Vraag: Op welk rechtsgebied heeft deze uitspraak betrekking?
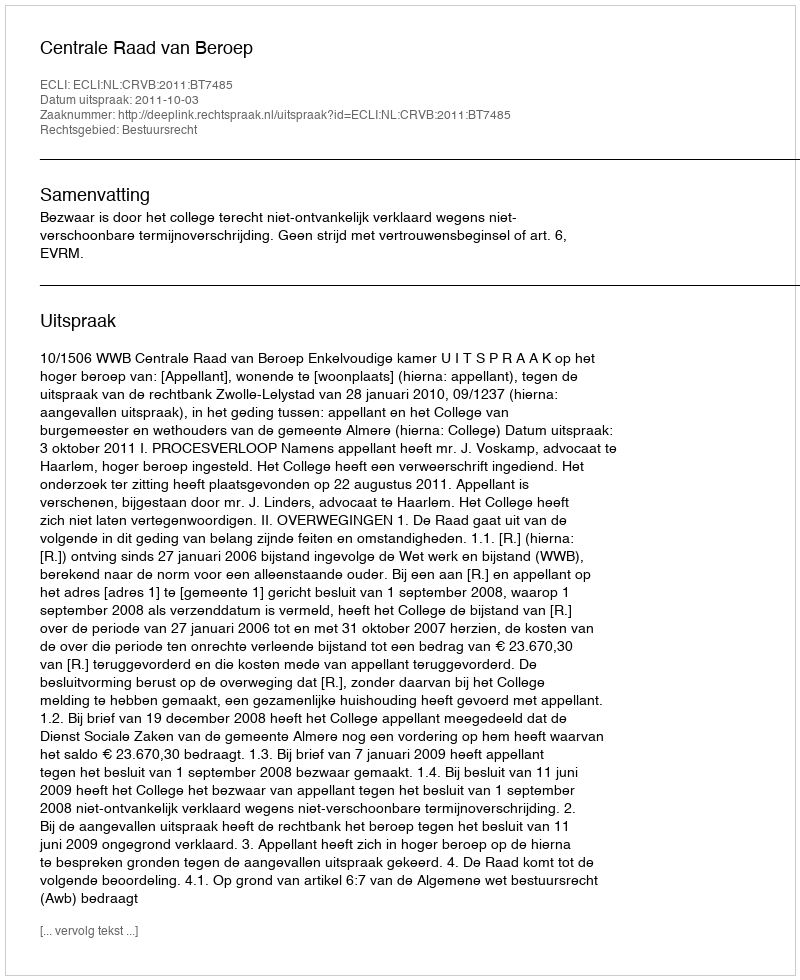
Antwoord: Bestuursrecht